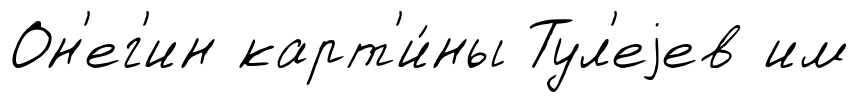
Он'ег'ин карт'и́ны Тул'еjев им